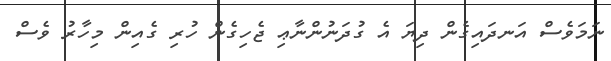
ނަމަވެސް އަނދައިގެން ދިޔަ އެ ގުދަނުންނާޢި ޖެހިގެން ހުރި ގެއިން މިހާރު ވެސް